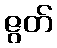
ဇွတ်